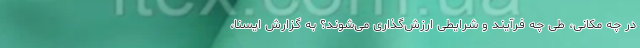
در چه مکانی، طی چه فرآیند و شرایطی ارزش‌گذاری می‌شوند؟ به گزارش ایسنا،